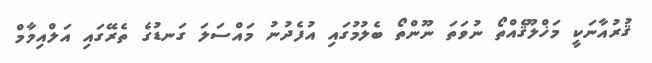
ޤުރުއާނަކީ މަޚްލޫޤެއްތޯ ނުވަތަ ނޫންތޯ ބެލުމުގައި އުފެދުނު މައްސަލަ ގަނޑުގެ ތެރޭގައި އަލްއިމާމް